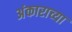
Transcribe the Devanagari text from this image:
अंकाराच्या